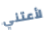
لأعتني